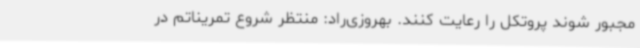
مجبور شوند پروتکل را رعایت کنند. بهروزی‌راد: منتظر شروع تمریناتم در